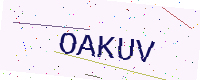
Text: OAKUV